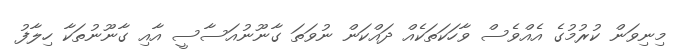
މިނިވަން ކުރުމުގެ އެއްވެސް ވާހަކަތަކެއް ދައްކަން ނުވަތަ ގާނޫނުއަސާސީ އާއި ގާނޫނުތަކާ ހިލާފު